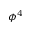
\phi ^ { 4 }